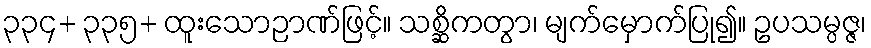
၃၃၄+ ၃၃၅+ ထူးသောဉာဏ်ဖြင့်။ သစ္ဆိကတွာ၊ မျက်မှောက်ပြု၍။ ဥပသမ္ပဇ္ဇ၊